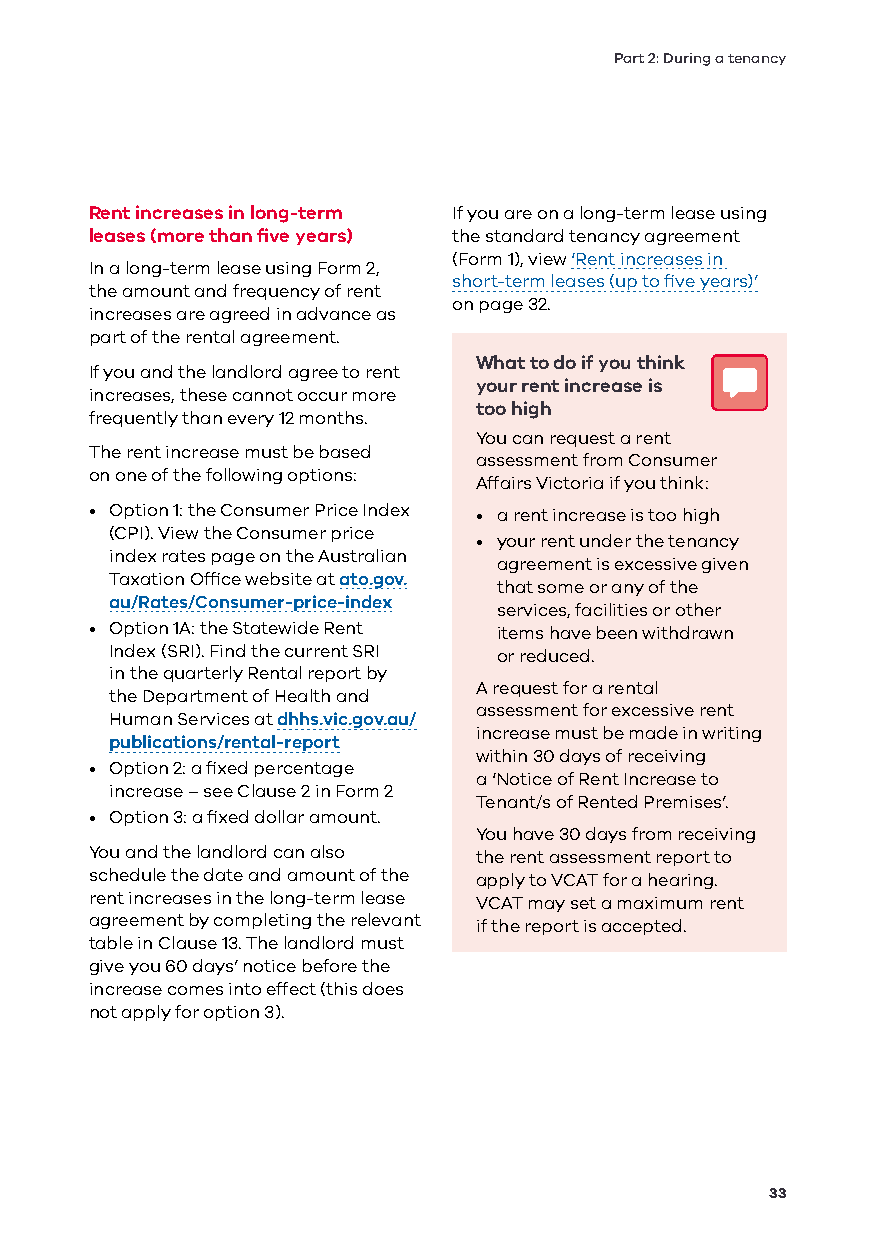
Part 2: During a tenancy
 Rent increases in long-term If you are on a long-term lease using
 leases (more than five years) the standard tenancy agreement
 (Form 1), view ‘Rent increases in
 In a long-term lease using Form 2,
 short-term leases (up to five years)’
 the amount and frequency of rent
 on page 32.
 increases are agreed in advance as
 part of the rental agreement.
 What to do if you think
 If you and the landlord agree to rent
 your rent increase is
 increases, these cannot occur more
 too high
 frequently than every 12 months.
 You can request a rent
 The rent increase must be based
 assessment from Consumer
 on one of the following options:
 Affairs Victoria if you think:
 • Option 1: the Consumer Price Index • a rent increase is too high
 (CPI). View the Consumer price
 • your rent under the tenancy
 index rates page on the Australian
 agreement is excessive given
 Taxation Office website at ato.gov.
 that some or any of the
 au/Rates/Consumer-price-index
 services, facilities or other
 • Option 1A: the Statewide Rent items have been withdrawn
 Index (SRI). Find the current SRI or reduced.
 in the quarterly Rental report by
 A request for a rental
 the Department of Health and
 assessment for excessive rent
 Human Services at dhhs.vic.gov.au/
 increase must be made in writing
 publications/rental-report
 within 30 days of receiving
 • Option 2: a fixed percentage
 a ‘Notice of Rent Increase to
 increase – see Clause 2 in Form 2
 Tenant/s of Rented Premises’.
 • Option 3: a fixed dollar amount.
 You have 30 days from receiving
 You and the landlord can also the rent assessment report to
 schedule the date and amount of the apply to VCAT for a hearing.
 rent increases in the long-term lease VCAT may set a maximum rent
 agreement by completing the relevant if the report is accepted.
 table in Clause 13. The landlord must
 give you 60 days’ notice before the
 increase comes into effect (this does
 not apply for option 3).
 33